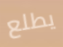
يطلع